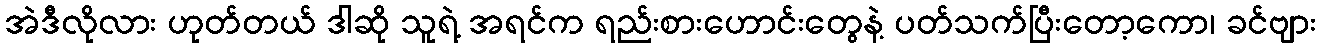
အဲဒီလိုလား ဟုတ်တယ် ဒါဆို သူရဲ့ အရင်က ရည်းစားဟောင်းတွေနဲ့ ပတ်သက်ပြီးတော့ကော၊ ခင်ဗျား